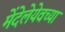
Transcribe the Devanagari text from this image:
मेंदेलेयेवच्या